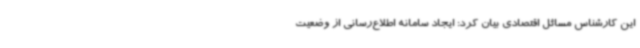
این کارشناس مسائل اقتصادی بیان کرد: ایجاد سامانه اطلاع‌رسانی از وضعیت